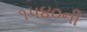
૧૫૪૦ની